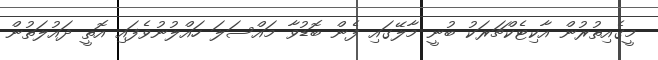
މީގެއިތުރުން އާކިޓެކްޗަރަކު ބުނީ މާލޭގައި ފެން ބޮޑުވާ މައްސަލަ ހައްލުނުވެފައި އޮތީ ދައުލަތުން